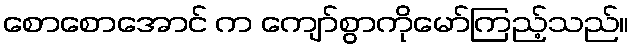
စောစောအောင် က ကျော်စွာကိုမော်ကြည့်သည်။